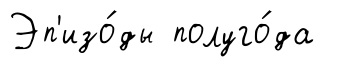
Эп'изо́ды полуго́да